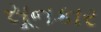
સૂનકાર